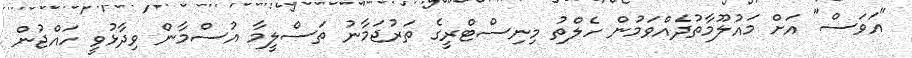
"އަވަސް" އަށް މައުލޫމާތުދެއްވަމުން ހެލްތު މިނިސްޓްރީގެ ތަރުޖަމާނު ތަސްލީމާ އުސްމާން ވިދާޅުވީ ހައްޖުން